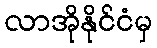
လာအိုနိုင်ငံမှ